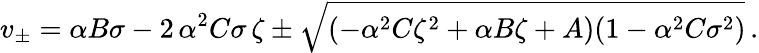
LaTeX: v_{\pm}=\alpha B\sigma-2\, \alpha^{2}C\sigma\, \zeta\pm\sqrt{(-\alpha^{2}C{\zeta}^{2}+\alpha B\zeta+A)(1-\alpha^{2}C{\sigma}^{2})}\, .